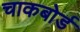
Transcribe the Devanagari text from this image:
चाकबोर्ड